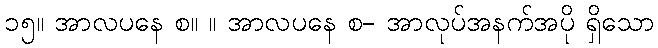
၁၅။ အာလပနေ စ။ ။ အာလပနေ စ- အာလုပ်အနက်အပို ရှိသော